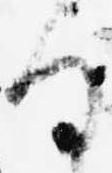
る